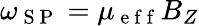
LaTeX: \omega_{\mathrm{~S~P~}}=\mu_{\mathrm{~e~f~f~}}B_{Z}